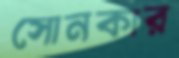
সোনকার